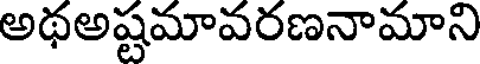
అథఅష్టమావరణనామాని